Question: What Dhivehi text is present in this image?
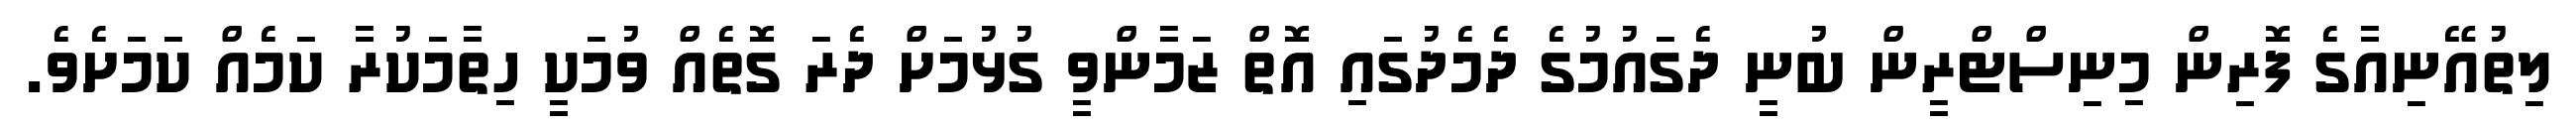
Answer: ލިތުއޭނިއާގެ ފޮރިން މިނިސްޓްރީން ބުނީ ދެގައުމުގެ ދެމެދުގައި އޮތް ޒަމާންވީ ގުޅުމަށް ދެރަ ގޮތެއް ވުމަކީ ހިތާމަކުރާ ކަމެއް ކަމަށެވެ.